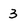
Character: 3